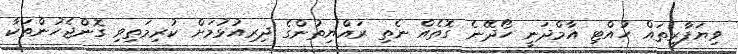
ވިޔަފާރިތައް ހުއްޓި އާމްދަނީ ހޯދޭނެ ގޮތެއް ނެތި ރައްޔިތުންގެ ދިރިއުޅުމަށް ކުރިމަތިވި ގޮންޖެހުންތަކާ